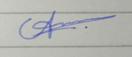
Signature authenticity: forged